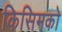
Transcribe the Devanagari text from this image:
किसिमको